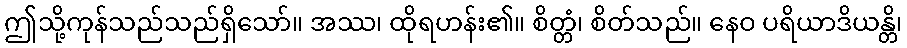
ဤသို့ကုန်သည်သည်ရှိသော်။ အဿ၊ ထိုရဟန်း၏။ စိတ္တံ၊ စိတ်သည်။ နေဝ ပရိယာဒိယန္တိ၊